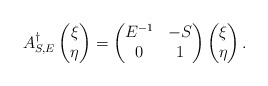
\begin{align*}A_{S,E}^{\dagger}\begin{pmatrix}\xi\\\eta\end{pmatrix}=\begin{pmatrix}E^{-1} & -S\\0 & 1\end{pmatrix}\begin{pmatrix}\xi\\\eta\end{pmatrix}.\end{align*}